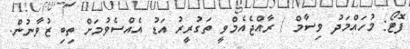
ފޮޓޯ: މުހައްމަދު ވިސާމް / ރާއްޖެއެމްވީ ތަގުރީރު އަޑު އެއްސެވުމަށް ތިބި ޒުވާނުން.